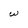
Character: w